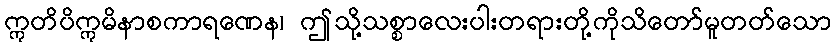
ဣတိပိဣမိနာစကာရဏေန၊ ဤသို့သစ္စာလေးပါးတရားတို့ကိုသိတော်မူတတ်သော